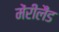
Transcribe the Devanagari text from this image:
मेंरीलैंड